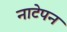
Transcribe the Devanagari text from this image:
नाटेपन